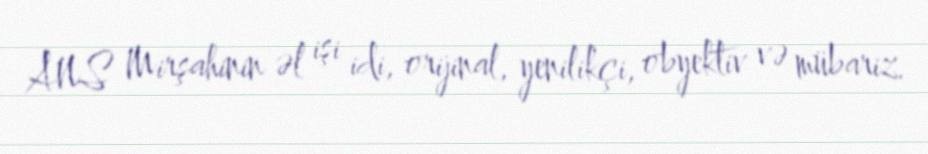
ANS Mirşahinin əl işi idi, orijinal, yenilikçi, obyektiv və mübariz.